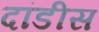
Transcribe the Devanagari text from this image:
दांडीस